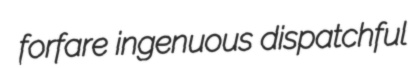
forfare ingenuous dispatchful